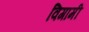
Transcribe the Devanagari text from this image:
विगामी